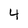
Character: 4